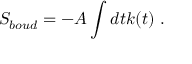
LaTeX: S _ { b o u d } = - A \int d t k ( t ) \ .